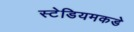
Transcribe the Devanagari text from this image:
स्टेडियमकडे